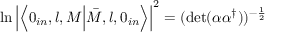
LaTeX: \ln \left| \left\langle 0 _ { i n } , l , M \Bigl | \bar { M } , l , 0 _ { i n } \right\rangle \right| ^ { 2 } = ( \mathrm { d e t } ( \alpha \alpha ^ { \dagger } ) ) ^ { - \frac { 1 } { 2 } }